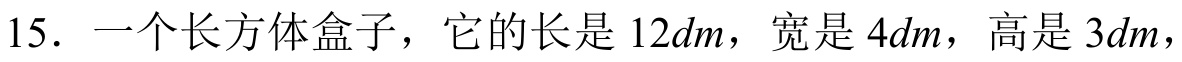
15. 一个长方体盒子，它的长是 \(12dm\)，宽是 \(4dm\)，高是 \(3dm\)，